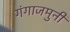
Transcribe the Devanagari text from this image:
गंगाजमुनी